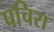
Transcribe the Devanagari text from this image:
पचिरा